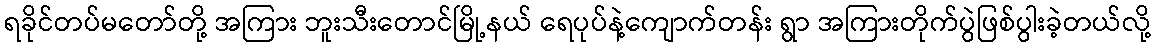
ရခိုင်တပ်မတော်တို့ အကြား ဘူးသီးတောင်မြို့နယ် ရေပုပ်နဲ့ကျောက်တန်း ရွာ အကြားတိုက်ပွဲဖြစ်ပွါးခဲ့တယ်လို့